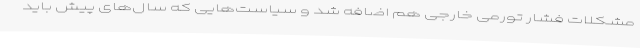
مشکلات فشار تورمی خارجی هم اضافه شد و سیاست‌هایی که سال‌های پیش باید